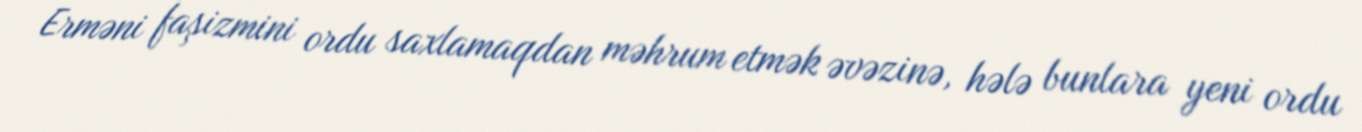
Erməni faşizmini ordu saxlamaqdan məhrum etmək əvəzinə, hələ bunlara yeni ordu